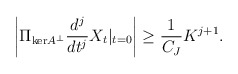
\begin{align*} \left|\Pi_{\mathrm{ker} A^\perp} \frac{d^j}{dt^j} X_t |_{t = 0}\right| \geq \frac{1}{C_J} K^{j+1}. \end{align*}